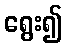
ရွေး၍